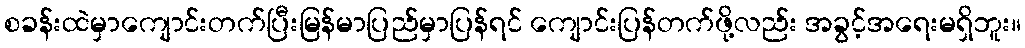
စခန်းထဲမှာကျောင်းတက်ပြီးမြန်မာပြည်မှာပြန်ရင် ကျောင်းပြန်တက်ဖို့လည်း အခွင့်အရေးမရှိဘူး။